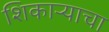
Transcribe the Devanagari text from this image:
शिकाऱ्याचा